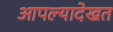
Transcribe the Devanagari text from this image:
आपल्यादेखत